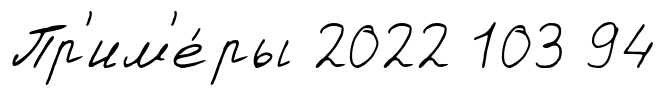
Пр'им'е́ры 2022 103 94